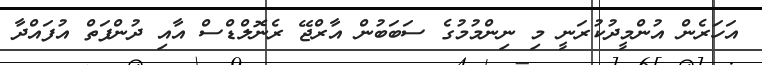
އަހަރެން އުންމީދުކުރަނީ މި ނިންމުމުގެ ސަބަބުން އާރްޖޭ ރެނޮލްޑްސް އާއި ދުންފަތް އުފައްދާ